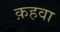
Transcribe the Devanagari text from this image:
क़हवा